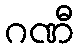
ဂဏီ